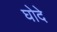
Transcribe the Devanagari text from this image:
घोदे